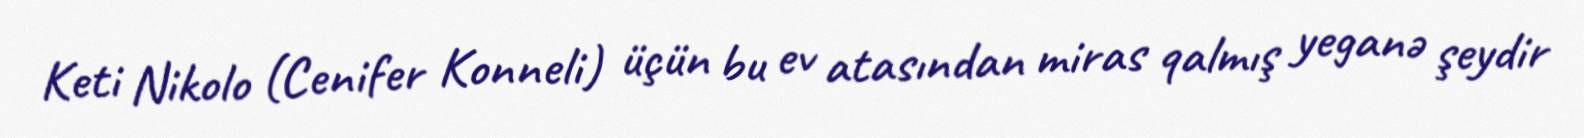
Keti Nikolo (Cenifer Konneli) üçün bu ev atasından miras qalmış yeganə şeydir